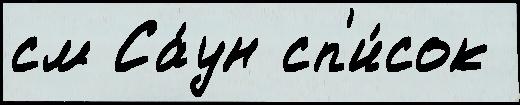
см Са́ун сп'и́сок